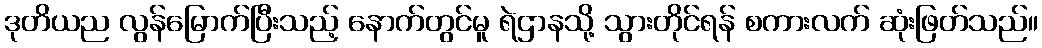
ဒုတိယည လွန်မြောက်ပြီးသည့် နောက်တွင်မူ ရဲဌာနသို့ သွားတိုင်ရန် စကားလက် ဆုံးဖြတ်သည်။